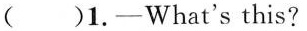
( )1.-What's this?